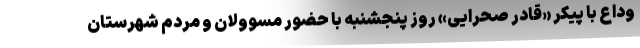
وداع با پیکر «قادر صحرایی» روز پنجشنبه با حضور مسوولان و مردم شهرستان